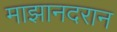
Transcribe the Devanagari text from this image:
माझानदरान